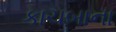
કાચબાના